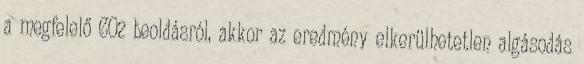
a megfelelő CO2 beoldásról, akkor az eredmény elkerülhetetlen algásodás